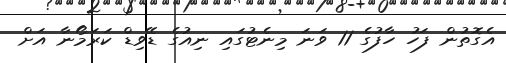
އެގޮތުން ފަހު ހާފުގެ 11 ވަނަ މިނެޓުގައި ނިއުގެ ޑޭވިޑް ކަރަމޯނާ އަށް